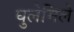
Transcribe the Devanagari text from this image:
घुलेमिले